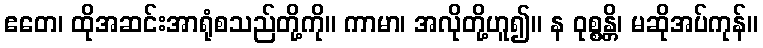
ဧတေ၊ ထိုအဆင်းအာရုံစသည်တို့ကို။ ကာမာ၊ အလိုတို့ဟူ၍။ န ဝုစ္စန္တိ၊ မဆိုအပ်ကုန်။